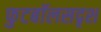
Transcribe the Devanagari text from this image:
फुटबॉलसदृश